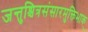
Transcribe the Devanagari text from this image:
जन्तुश्चित्रसंसारमुक्तिभाक्